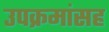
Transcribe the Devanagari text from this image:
उपक्रमांसह